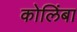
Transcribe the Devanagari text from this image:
कोलिंबा